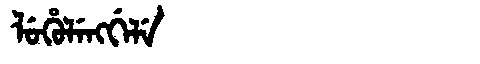
Manchu: ᠯᡠᡥᡠᠯᡝᠩᡤᡝᠯᡝ
Romanization: LUHULENGGELE